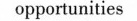
opportunities